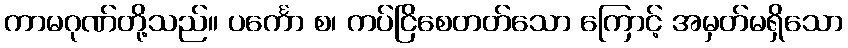
ကာမဂုဏ်တို့သည်။ ပင်္ကော စ၊ ကပ်ငြိစေတတ်သော ကြောင့် အမှတ်မရှိသော